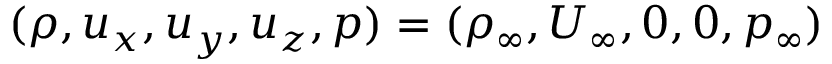
( \rho , u _ { x } , u _ { y } , u _ { z } , p ) = ( \rho _ { \infty } , U _ { \infty } , 0 , 0 , p _ { \infty } )